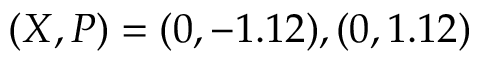
( X , P ) = ( 0 , - 1 . 1 2 ) , ( 0 , 1 . 1 2 )